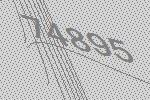
74895